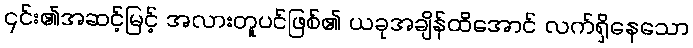
၎င်း၏အဆင့်မြင့် အလားတူပင်ဖြစ်၏ ယခုအချိန်ထိအောင် လက်ရှိနေသော